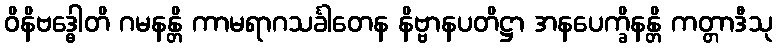
ဝိနိဗဒ္ဓေါတိ ဂမနန္တိ ကာမရာဂသင်္ခါတေန နိဗ္ဗာနပတိဋ္ဌာ အနပေက္ခိနန္တိ ကတ္တာဒီသု